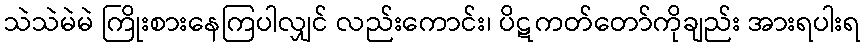
သဲသဲမဲမဲ ကြိုးစားနေကြပါလျှင် လည်းကောင်း၊ ပိဋကတ်တော်ကိုချည်း အားရပါးရ